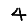
Digit: 4